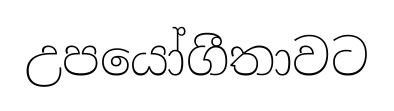
උපයෝගීතාවට